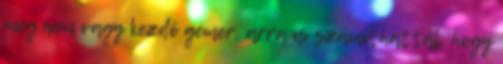
meg nem vagy kezdő gémer, arra is számíthattál, hogy